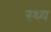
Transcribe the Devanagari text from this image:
स्थ्य